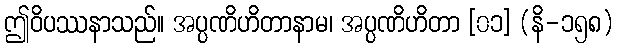
ဤဝိပဿနာသည်။ အပ္ပဏိဟိတာနာမ၊ အပ္ပဏိဟိတာ [၀၁] (နိ-၁၅၈)